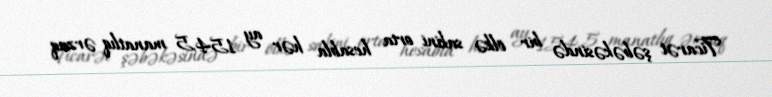
Ticarət şəbəkəsində bir ölkə sakini orta hesabla hər ay 154,5 manatlıq ərzaq